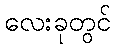
လေးခုတွင်